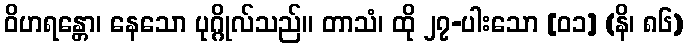
ဝိဟရန္တော၊ နေသော ပုဂ္ဂိုလ်သည်။ တာသံ၊ ထို ၂၇-ပါးသော [၀၁] (နိ၊ ၈၆)